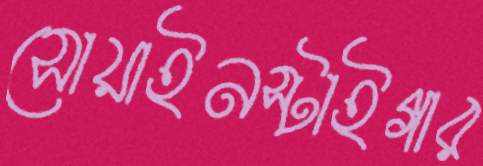
সোয়াইনস্টাইগার